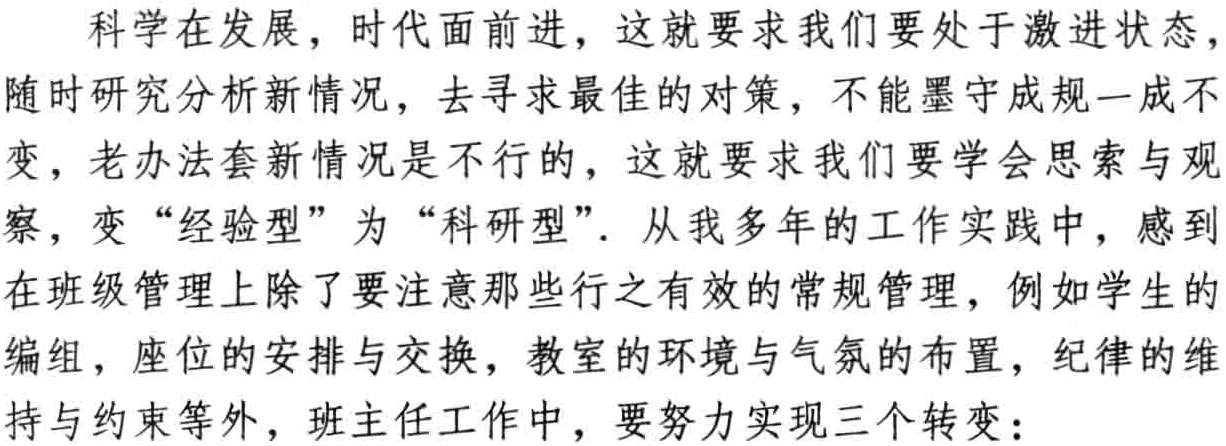
科学在发展，时代面前进，这就要求我们要处于激进状态，随时研究分析新情况，去寻求最佳的对策，不能墨守成规一成不变，老办法套新情况是不行的，这就要求我们要学会思索与观察，变“经验型”为“科研型”．从我多年的工作实践中，感到在班级管理上除了要注意那些行之有效的常规管理，例如学生的编组，座位的安排与交换，教室的环境与气氛的布置，纪律的维持与约束等外，班主任工作中，要努力实现三个转变：